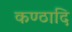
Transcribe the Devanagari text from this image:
कण्ठादि